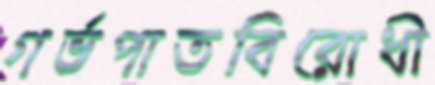
গর্ভপাতবিরোধী